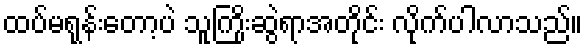
ထပ်မရုန်းတော့ပဲ သူကြိုးဆွဲရာအတိုင်း လိုက်ပါလာသည်။